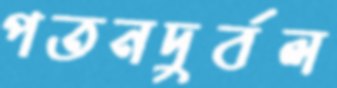
পতনদুর্বল